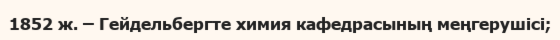
1852 ж. – Гейдельбергте химия кафедрасының меңгерушісі;